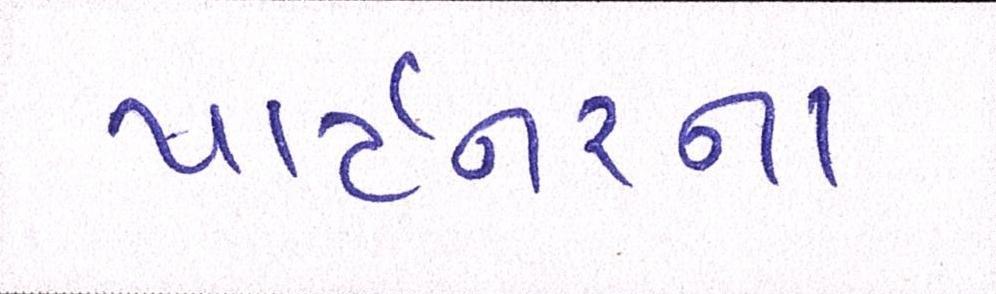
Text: પાર્ટનરના